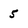
Character: 5